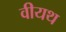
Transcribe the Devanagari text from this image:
वीयथ